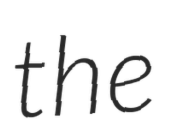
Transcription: the